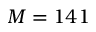
M = 1 4 1